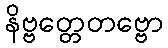
နိဗ္ဗတ္တေတဗ္ဗော